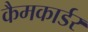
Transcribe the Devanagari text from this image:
कैमकार्डर